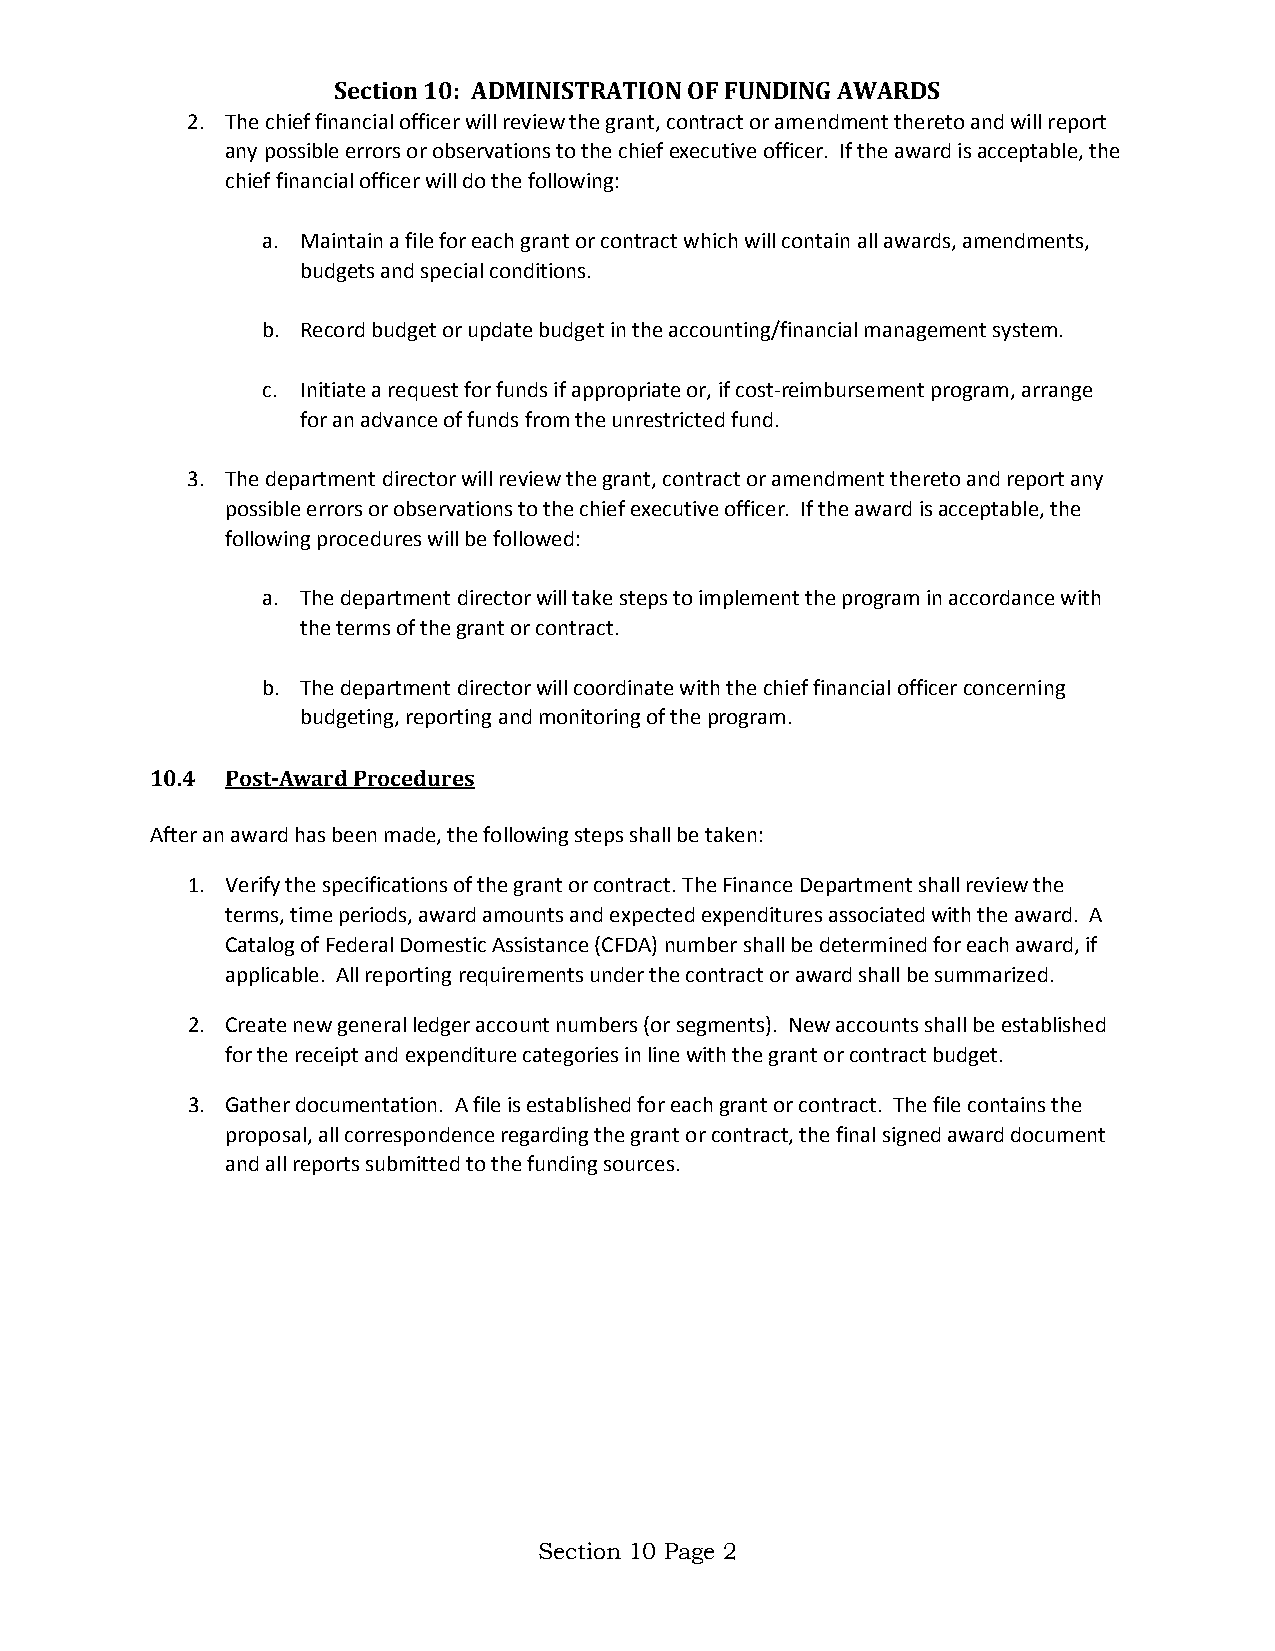
Section 10: ADMINISTRATION OF FUNDING AWARDS
 2. The chief financial officer will review the grant, contract or amendment thereto and will report
 any possible errors or observations to the chief executive officer. If the award is acceptable, the
 chief financial officer will do the following:
 a. Maintain a file for each grant or contract which will contain all awards, amendments,
 budgets and special conditions.
 b. Record budget or update budget in the accounting/financial management system.
 c. Initiate a request for funds if appropriate or, if cost-reimbursement program, arrange
 for an advance of funds from the unrestricted fund.
 3. The department director will review the grant, contract or amendment thereto and report any
 possible errors or observations to the chief executive officer. If the award is acceptable, the
 following procedures will be followed:
 a. The department director will take steps to implement the program in accordance with
 the terms of the grant or contract.
 b. The department director will coordinate with the chief financial officer concerning
 budgeting, reporting and monitoring of the program.
 10.4 Post-Award Procedures
 After an award has been made, the following steps shall be taken:
 1. Verify the specifications of the grant or contract. The Finance Department shall review the
 terms, time periods, award amounts and expected expenditures associated with the award. A
 Catalog of Federal Domestic Assistance (CFDA) number shall be determined for each award, if
 applicable. All reporting requirements under the contract or award shall be summarized.
 2. Create new general ledger account numbers (or segments). New accounts shall be established
 for the receipt and expenditure categories in line with the grant or contract budget.
 3. Gather documentation. A file is established for each grant or contract. The file contains the
 proposal, all correspondence regarding the grant or contract, the final signed award document
 and all reports submitted to the funding sources.
 Section 10 Page 2